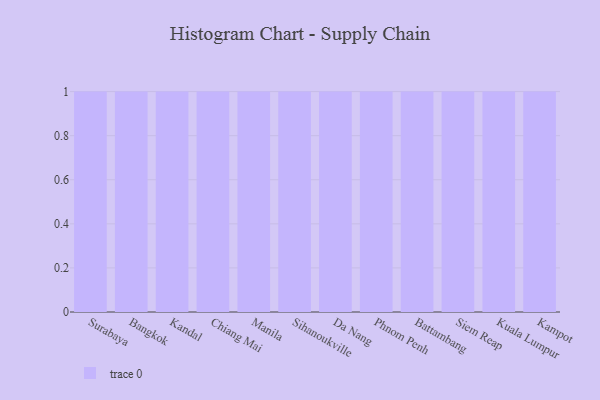
{"axis": {"x": "City", "y": "Budget (USD K)"}, "legend": [""], "data": [{"x": "Surabaya", "y": 74, "type": ""}, {"x": "Bangkok", "y": 42, "type": ""}, {"x": "Kandal", "y": 71, "type": ""}, {"x": "Chiang Mai", "y": 33, "type": ""}, {"x": "Manila", "y": 51, "type": ""}, {"x": "Sihanoukville", "y": 11, "type": ""}, {"x": "Da Nang", "y": 85, "type": ""}, {"x": "Phnom Penh", "y": 42, "type": ""}, {"x": "Battambang", "y": 42, "type": ""}, {"x": "Siem Reap", "y": 36, "type": ""}, {"x": "Kuala Lumpur", "y": 58, "type": ""}, {"x": "Kampot", "y": 92, "type": ""}]}